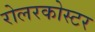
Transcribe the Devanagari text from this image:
रोलरकोस्टर